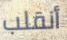
أنقلب